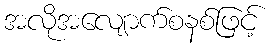
အလိုအလျောက်စနစ်ဖြင့်